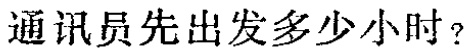
通讯员先出发多少小时？